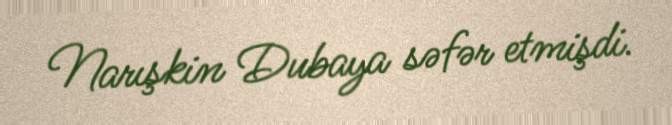
Narışkin Dubaya səfər etmişdi.